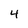
Character: 4